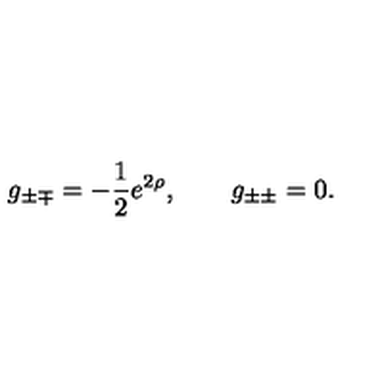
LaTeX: g _ { \pm \mp } = - \frac 1 2 e ^ { 2 \rho } , \qquad g _ { \pm \pm } = 0 .